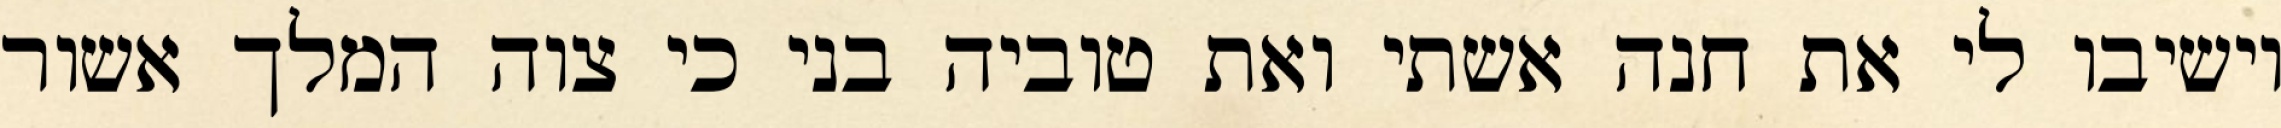
וישיבו לי את חנה אשתי ואת טוביה בני כי צוה המלך אשור